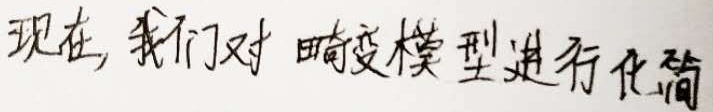
现在, 我们对畸变模型进行化简。